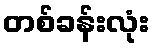
တစ်ခန်းလုံး